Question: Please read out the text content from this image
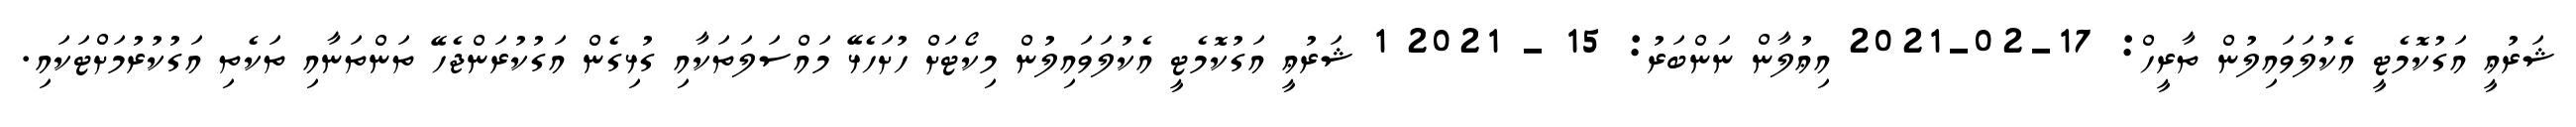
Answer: ޝަރުޢީ އަގުކޮމެޓީ އެކުލަވައިލުން ތާރީހް: 17-02-2021 އިޢުލާން ނަންބަރު: 15 - 2021 1 ޝަރުޢީ އަގުކޮމެޓީ އެކުލަވައިލުން މިކޯޓަށް ހުށަހެޅޭ މައްސަލަތަކާއި ގުޅިގެން އަގުކުރަންޖެހޭ ތަންތަނާއި ތަކެތި އަގުކުރުމަށްޓަކައި.